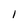
Character: 1